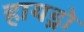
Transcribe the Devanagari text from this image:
हायड्रो